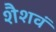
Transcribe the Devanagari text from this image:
शैशवं